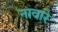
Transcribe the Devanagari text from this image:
नावारे